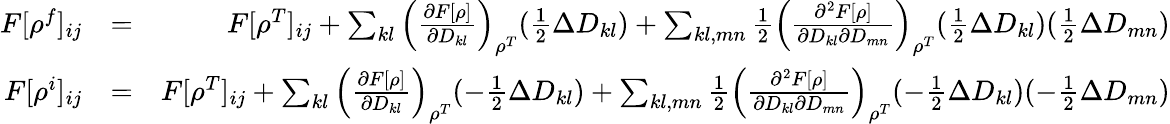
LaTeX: \begin{array}{rlr}{F[\rho^{f}]_{ij}}&{=}&{F[\rho^{T}]_{ij}+\sum_{kl}\left(\frac{\partial F[\rho]}{\partial D_{kl}}\right)_{\rho^{T}}(\frac{1}{2}\Delta D_{kl})+\sum_{kl,mn}\frac{1}{2}\left(\frac{\partial^{2}F[\rho]}{\partial D_{kl}\partial D_{mn}}\right)_{\rho^{T}}(\frac{1}{2}\Delta D_{kl})(\frac{1}{2}\Delta D_{mn})}\\ {F[\rho^{i}]_{ij}}&{=}&{F[\rho^{T}]_{ij}+\sum_{kl}\left(\frac{\partial F[\rho]}{\partial D_{kl}}\right)_{\rho^{T}}(-\frac{1}{2}\Delta D_{kl})+\sum_{kl,mn}\frac{1}{2}\left(\frac{\partial^{2}F[\rho]}{\partial D_{kl}\partial D_{mn}}\right)_{\rho^{T}}(-\frac{1}{2}\Delta D_{kl})(-\frac{1}{2}\Delta D_{mn})}\end{array}